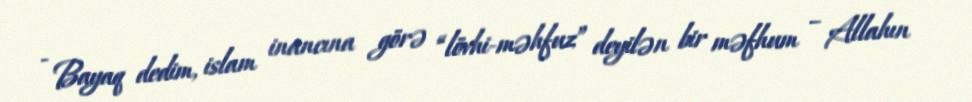
- Bayaq dedim, islam inancına görə “lövhi-məhfuz” deyilən bir məfhum – Allahın